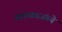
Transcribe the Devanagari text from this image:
सलाबतजंगने